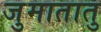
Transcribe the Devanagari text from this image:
जुमातातु